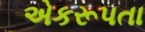
એકરૂપતા